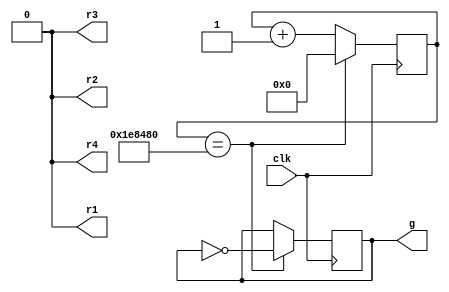
/* Copyright 2021 pitankar@gmail.com
 * 
 * Permission is hereby granted, free of charge, 
 * to any person obtaining a copy of this software
 * and associated documentation files (the "Software"),
 * to deal in the Software without restriction,
 * including without limitation the rights to use,
 * copy, modify, merge, publish, distribute, sublicense,
 * and/or sell copies of the Software, and to permit
 * persons to whom the Software is furnished to do so,
 * subject to the following conditions:
 * 
 * The above copyright notice and this permission
 * notice shall be included in all copies or
 * substantial portions of the Software.
 * 
 * THE SOFTWARE IS PROVIDED "AS IS", WITHOUT WARRANTY
 * OF ANY KIND, EXPRESS OR IMPLIED, INCLUDING BUT NOT
 * LIMITED TO THE WARRANTIES OF MERCHANTABILITY, 
 * FITNESS FOR A PARTICULAR PURPOSE AND NONINFRINGEMENT. 
 * IN NO EVENT SHALL THE AUTHORS OR COPYRIGHT HOLDERS
 * BE LIABLE FOR ANY CLAIM, DAMAGES OR OTHER LIABILITY,
 * WHETHER IN AN ACTION OF CONTRACT, TORT OR OTHERWISE,
 * ARISING FROM, OUT OF OR IN CONNECTION WITH THE SOFTWARE
 * OR THE USE OR OTHER DEALINGS IN THE SOFTWARE.
 **/

/*
 * Blinks the Green LED on the Lattice ice40 stick
 */
module top(input clk, output g, output r1, r2, r3, r4);
    reg [23:0]   counter;
    reg [0:0]    ff;

    always @(posedge clk) begin
        if (counter == 2000000) 
            begin
            counter <= 0;
            ff[0] <= ~ff[0];
            end
        else 
            counter <= counter + 1;
    end

    assign g = ff[0];
    assign r1 = 1'b0;
    assign r2 = 1'b0;
    assign r3 = 1'b0;
    assign r4 = 1'b0;
endmodule